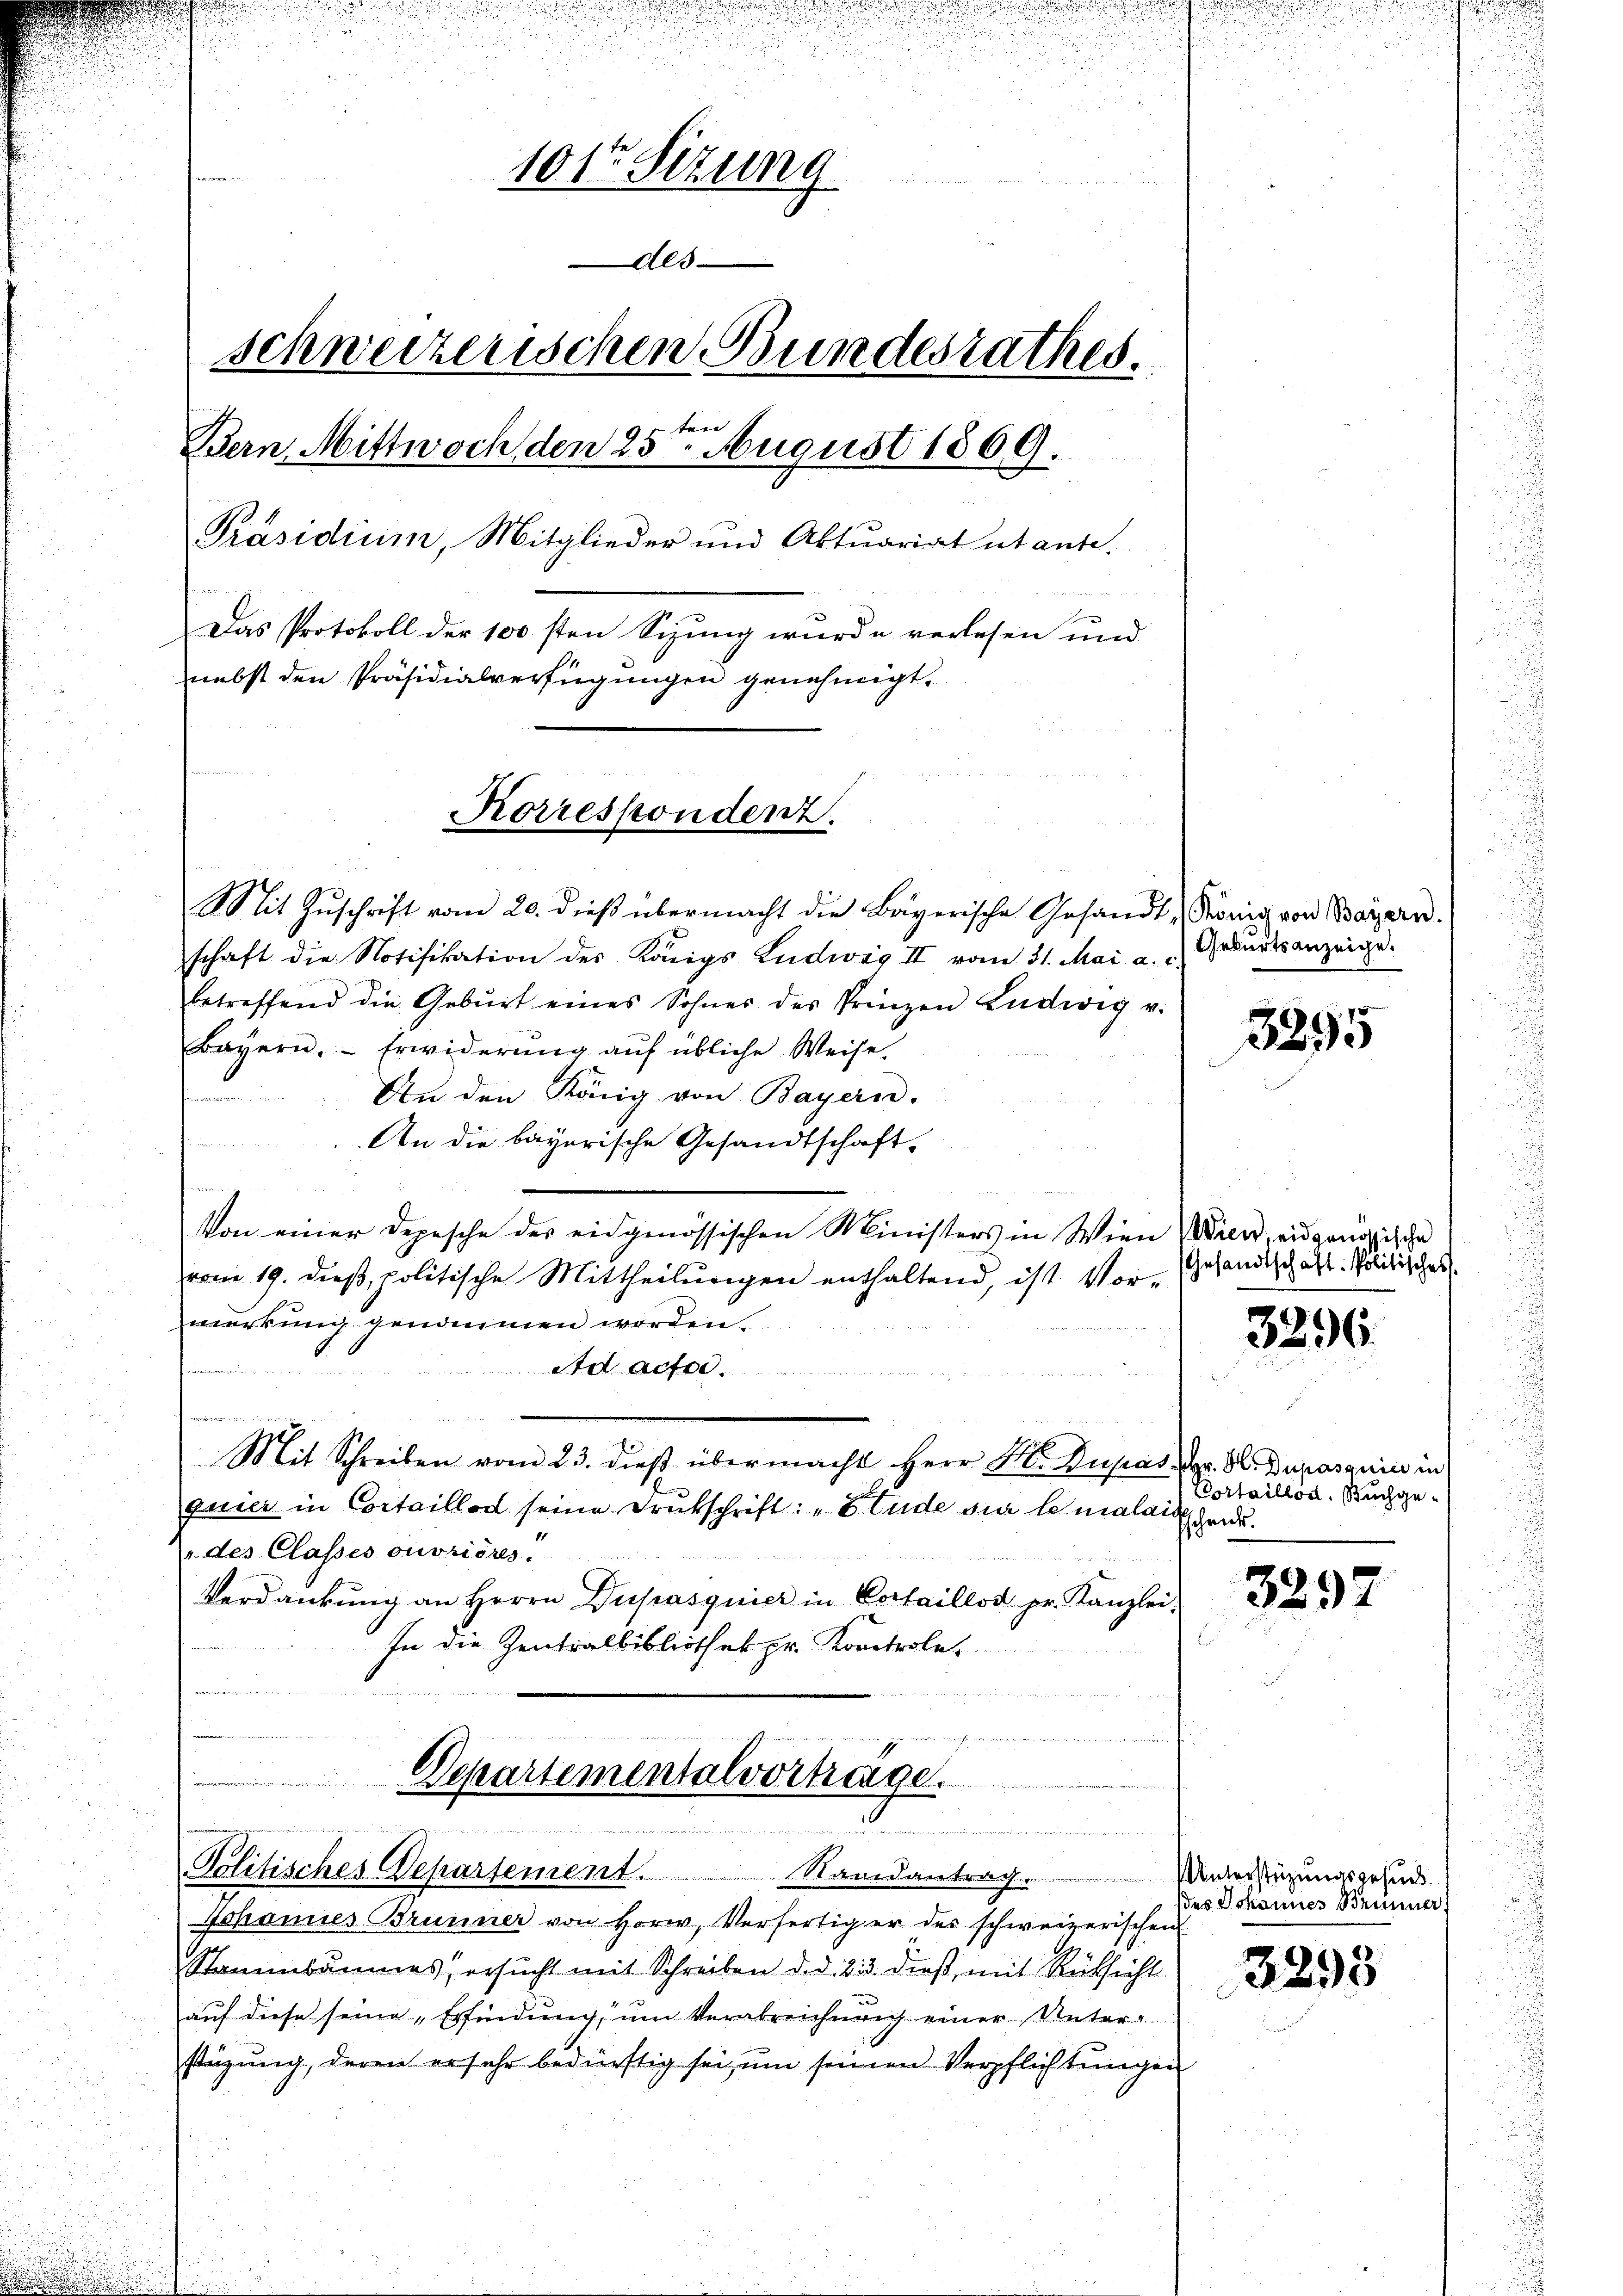
.

F
101 Sizung
n
Als
schweizerischen Bundesrathes.
en
Bern, Mittwoch den 25. August 1869.
Präsidium, Mitglieder und Aktuariat utante.
 1
Das Protokoll der 100 sten Sizung wurde verlesen und
nebst den Präsidialverfügungen genehmigt.

Korrespondenz.

Mit Zŭschrift vom 20. dieß übermacht die Bayerische Gesandt König von Bayern.
schaft die Notifikation des Königs Ludwig II vom 31. Mai a.  Geburtsanzeige.
betreffend die Geburt eines Sohnes des Prinzen Ludwig v.
Bayern. Erwiderŭng aŭf übliche Weise.
An den König von Bayern.
.
An die bayerische Gesandtschaft-

B
Von einer Depesche des eidgenössischen Ministers in Wien Wien, eidgenößische
vom 19. dieβ, politische Mittheilŭngen enthaltend, ist Vor-
merkung genommen worden.
Ad acte.
Mit Schreiben vom 23. dieß übermacht Herr M. Dupas. Hr. H. Dupasani in
quier in Cortaillod seine Druckschrift: „Stude sur le malaichend.
des Classes ouvriores.
Verdankung an Herrn Dupasquier in Cortaillot pr. Kanzlei:
In die Zentralbibliothek pr. Kontrole.

Departementalvertrage.
.
Politisches Departement.
Randantrag. Unterstüzungsgesuc

Johannes Brunner von Horw, Verfertiger der schweizerischen
Stammbaumes, ersucht mit Schreiben d. d. 23. dieß, mit Rücksicht
auf diese seine „Erfindung, um Verabreichnung einer Unter-
stüzung, deren ersehr bedürftig sei, um seinen Verpflichtungen

3295

Gesandtschaft. Politisches.

3296.

Kortaillod. Buchge¬

3297

des Johannes Brünner

3295